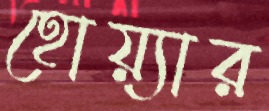
হোয়্যার